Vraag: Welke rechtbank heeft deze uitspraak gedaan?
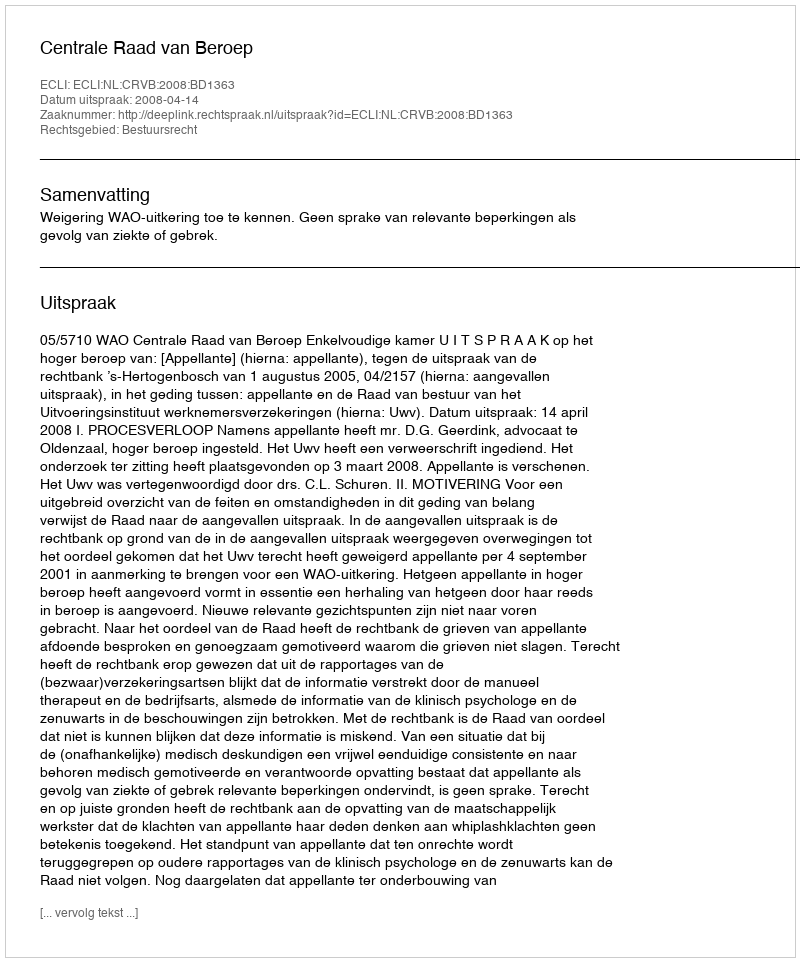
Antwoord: Centrale Raad van Beroep